Medical and sanitary report on the native army of Bombay for the year
Year: 1877
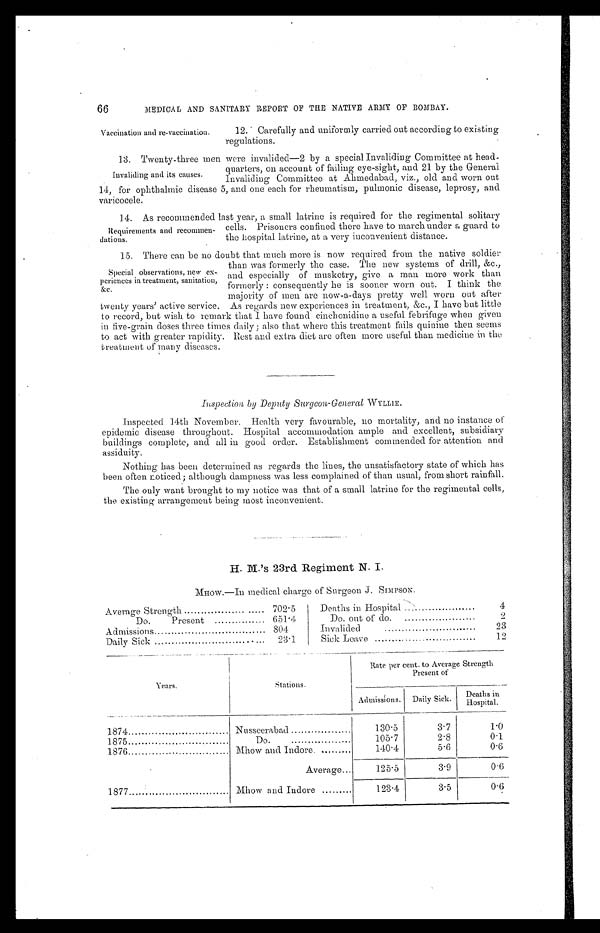
66
MEDICAL AND SANITARY REPORT OF THE NATIVE ARMY OF BOMBAY.
Vaccination and re-vaccination.
12. Carefully and uniformly carried out according to existing
regulations.
Invaliding and its causes.
13. Twenty-three men were invalided-2 by a special Invaliding Committee at head-
quarters, on account of failing eye-sight, and 21 by the General
Invaliding Committee at Ahmedabad, viz., old and worn out
14, for ophthalmic disease 5, and one each for rheumatism, pulmonic disease, leprosy, and
varicocele .
Requirements and recommen-
dations.
14. As recommended last year, a small latrine is required for the regimental solitary
cells. Prisoners confined there have to march under a guard to
the hospital latrine, at a very inconvenient distance.
Special observations, new ex-
periences in treatment, sanitation,
&c.
15. There can be no doubt that much more is now required from the native soldier
than was formerly the case. The new systems of drill, &c.,
and especially of musketry, give a man more work than
formerly : consequently he is sooner worn out. I think the
majority of men are now-a-days pretty well worn out after
twenty years' active service. As regards new experiences in treatment, &c., I have but little
to record, but wish to remark that I have found cinchonidine a useful febrifuge when given
in five-grain doses three times daily ; also that where this treatment fails quinine then seems
to act with greater rapidity. Rest and extra diet arc often more useful than medicine in the
treatment of many diseases.
Inspection by Deputy Surgeon-General WYLLIE.
Inspected 14th November. Health very favourable, no mortality, and no instance of
epidemic disease throughout. Hospital accommodation ample and excellent, subsidiary
buildings complete, and all in good order. Establishment commended for attention and
assiduity.
Nothing has been determined as regards the lines, the unsatisfactory state of which has
been often noticed; although dampness was less complained of than usual, from short rainfall.
The only want brought to my notice was that of a small latrine for the regimental cells,
the existing arrangement being most inconvenient.
H . M ' s 2 3 r d R e g i m e n t N . I .
M H O W . — I n m e d i c a l c h a r g e o f S e o n J . S I M P S O N .
Average Strength
702.5
Deaths in Hospital
4
Do.
Present
651.4
Do. out of do.
2
Admissions
804
Invalided
2 3
Daily Sick
.
23.1
Sick Leave
12
Years.
Stations.
Rate per cent. to Average Strength
Present of
Admissions. Daily Sick.
Deaths in
Hospital.
1874
Nusseerabad
130.5
3.7
1.0
1875
Do.
105.7
2.8
0.1
1876
Mhow and Indore. ..
140.4
5.6
0.6
Average...
125.5
3.9
0.6
1877
Mhow and Indore
123.4
3.5
0.6